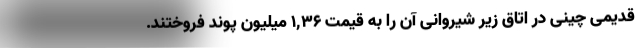
قدیمی چینی در اتاق زیر شیروانی آن را به قیمت ۱,۳۶ میلیون پوند فروختند.